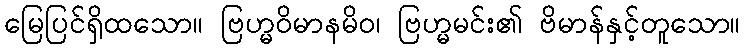
မြေပြင်ရှိထသော။ ဗြဟ္မဝိမာနမိဝ၊ ဗြဟ္မမင်း၏ ဗိမာန်နှင့်တူသော။